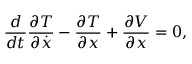
{ \frac { d } { d t } } { \frac { \partial T } { \partial { \dot { x } } } } - { \frac { \partial T } { \partial x } } + { \frac { \partial V } { \partial x } } = 0 ,